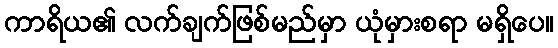
ကာရိယ၏ လက်ချက်ဖြစ်မည်မှာ ယုံမှားစရာ မရှိပေ။